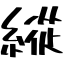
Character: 縱